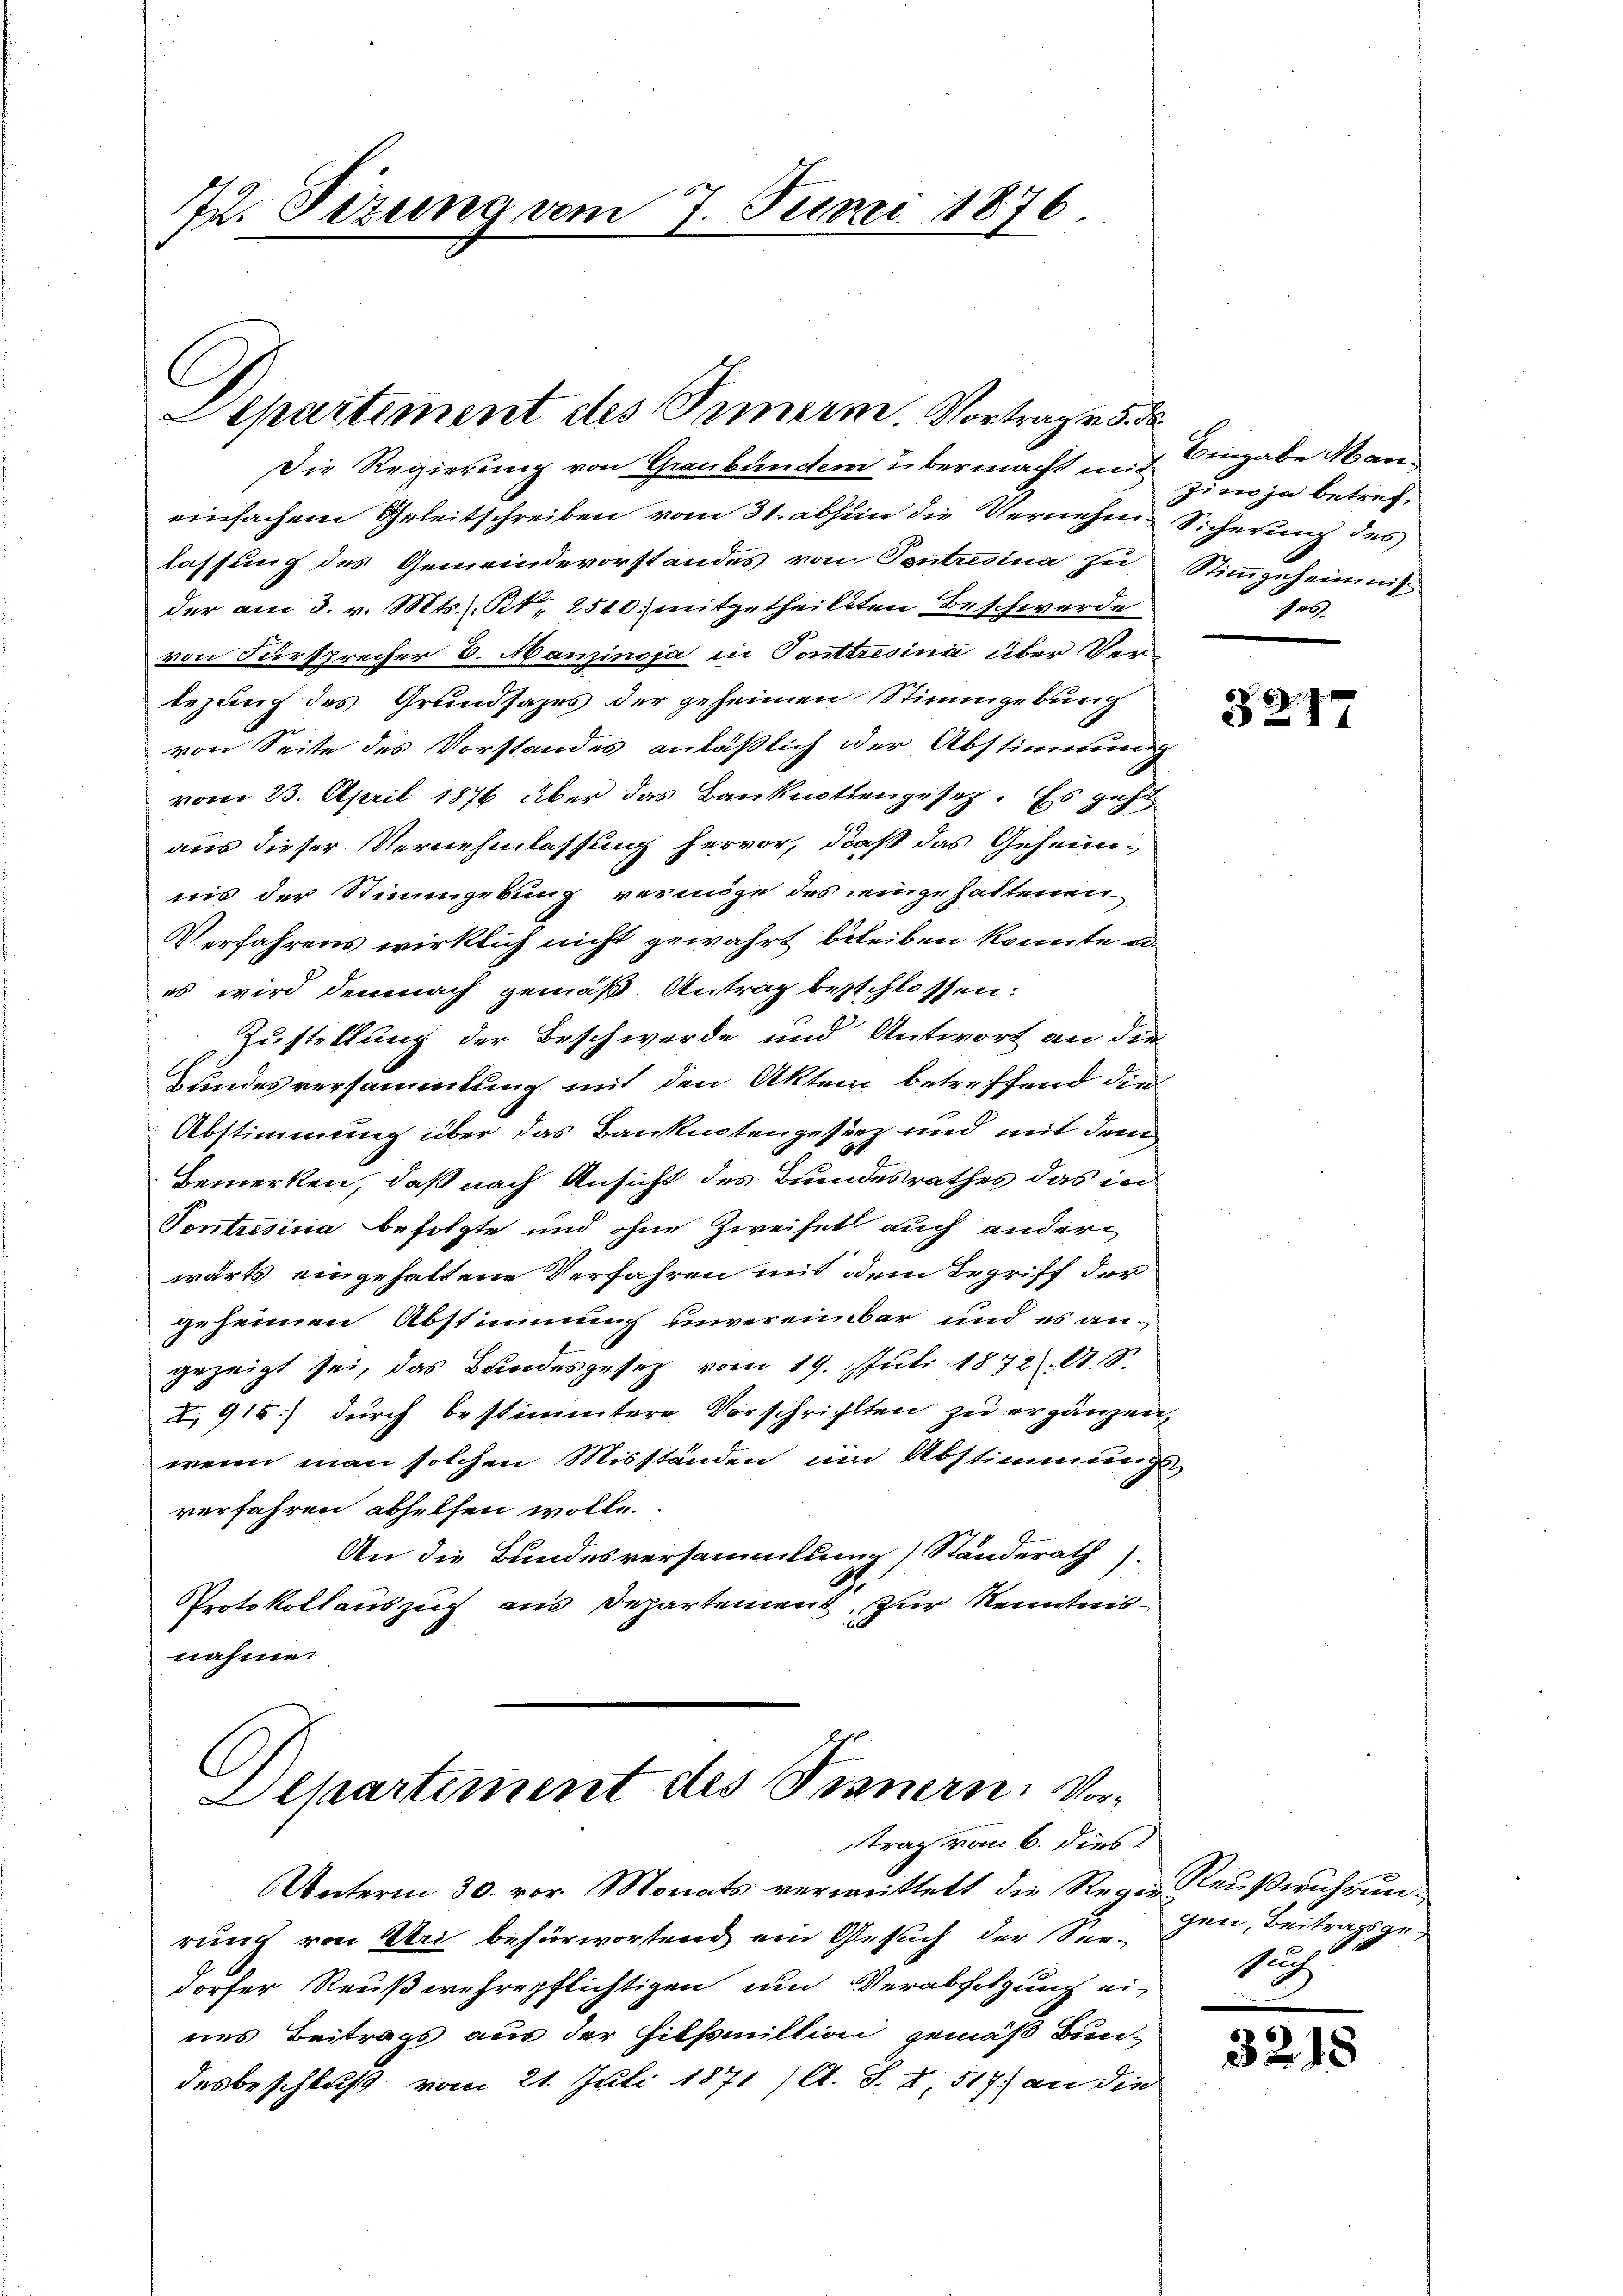
72. Sitzung vom 7. Juni 1876

C
Separtiment des Innern. Vortrage 5. d.

Die Regierung von Graubünden übermacht und zum ja betrefeinfachem Geleitschreiben vom 31. abhin die Vernehm Sicherung des
lassung des Gemeindevorstandes von Tontresina zu Stimmgeheimis
der am 3. v. Mts., Kt. 2510; mitgetheiltten Beschwerde
von Fürsprecher 6. Manzinsja in Tonteresina über Verbezauf des Grundsazes der geheimen Stimmgebung
von Seite des Vorstandes anläßlich der Abstimmung
vom 23. April 1876 über das Bankestiengesetz. Es geht
aus dieser Vernehmlassung hervor, daß das Geheimnis der Stimmgebung vermöge des einge hattenen
Verfahrens wirklich nicht gewahrt bleiben könnte d
es wird demnach gemäß Antrag beschlossen:
Zustellung der Beschwerde und Antwort an die
Bundesversammlung mit den Aktem betreffend die
Abstimmung über das Banknotengesetz und mit dem
Bemerken, daß nach Ansicht des Bundesrathes das in
Tontrosina befolgte und ohne Zweifel auch andern
wärts eingehaltene Verfahren mit dem Begriff der
geheimen Abstimmung unvereinbar und es an-
gezeigt sei, das Bundesgesez vom 19. Juli 1872. A. S.
X,915) durch bestimmtere Vorschriften zu ergänzen,
wenn man solchen Misständen um Abstimmungs
verfahren abhelfen wolle.
An die Bundesversammlung Standerath).
Protokollauszeit aus Departement, zur Kenntnisnahme.

6
Departement des Sinnern Vortrag vom 6. dies
Unterm 30. vor. Monats vermittelt die Regie Reußwuhrun¬

rung von Uri befürwortend ein Gesuch der Seedorfer Reußwuhrepflichtigen um Verabfolgung ei-
nes Beitrags aus der Hilfsmiltion gemäß Bun-
desbeschluß vom 21. Juli 1871 /A. S. I, 517) an die

Eingabe Man¬
Jes.

3217

gen, Beitragsge¬
12

3218